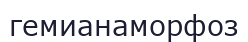
гемианаморфоз